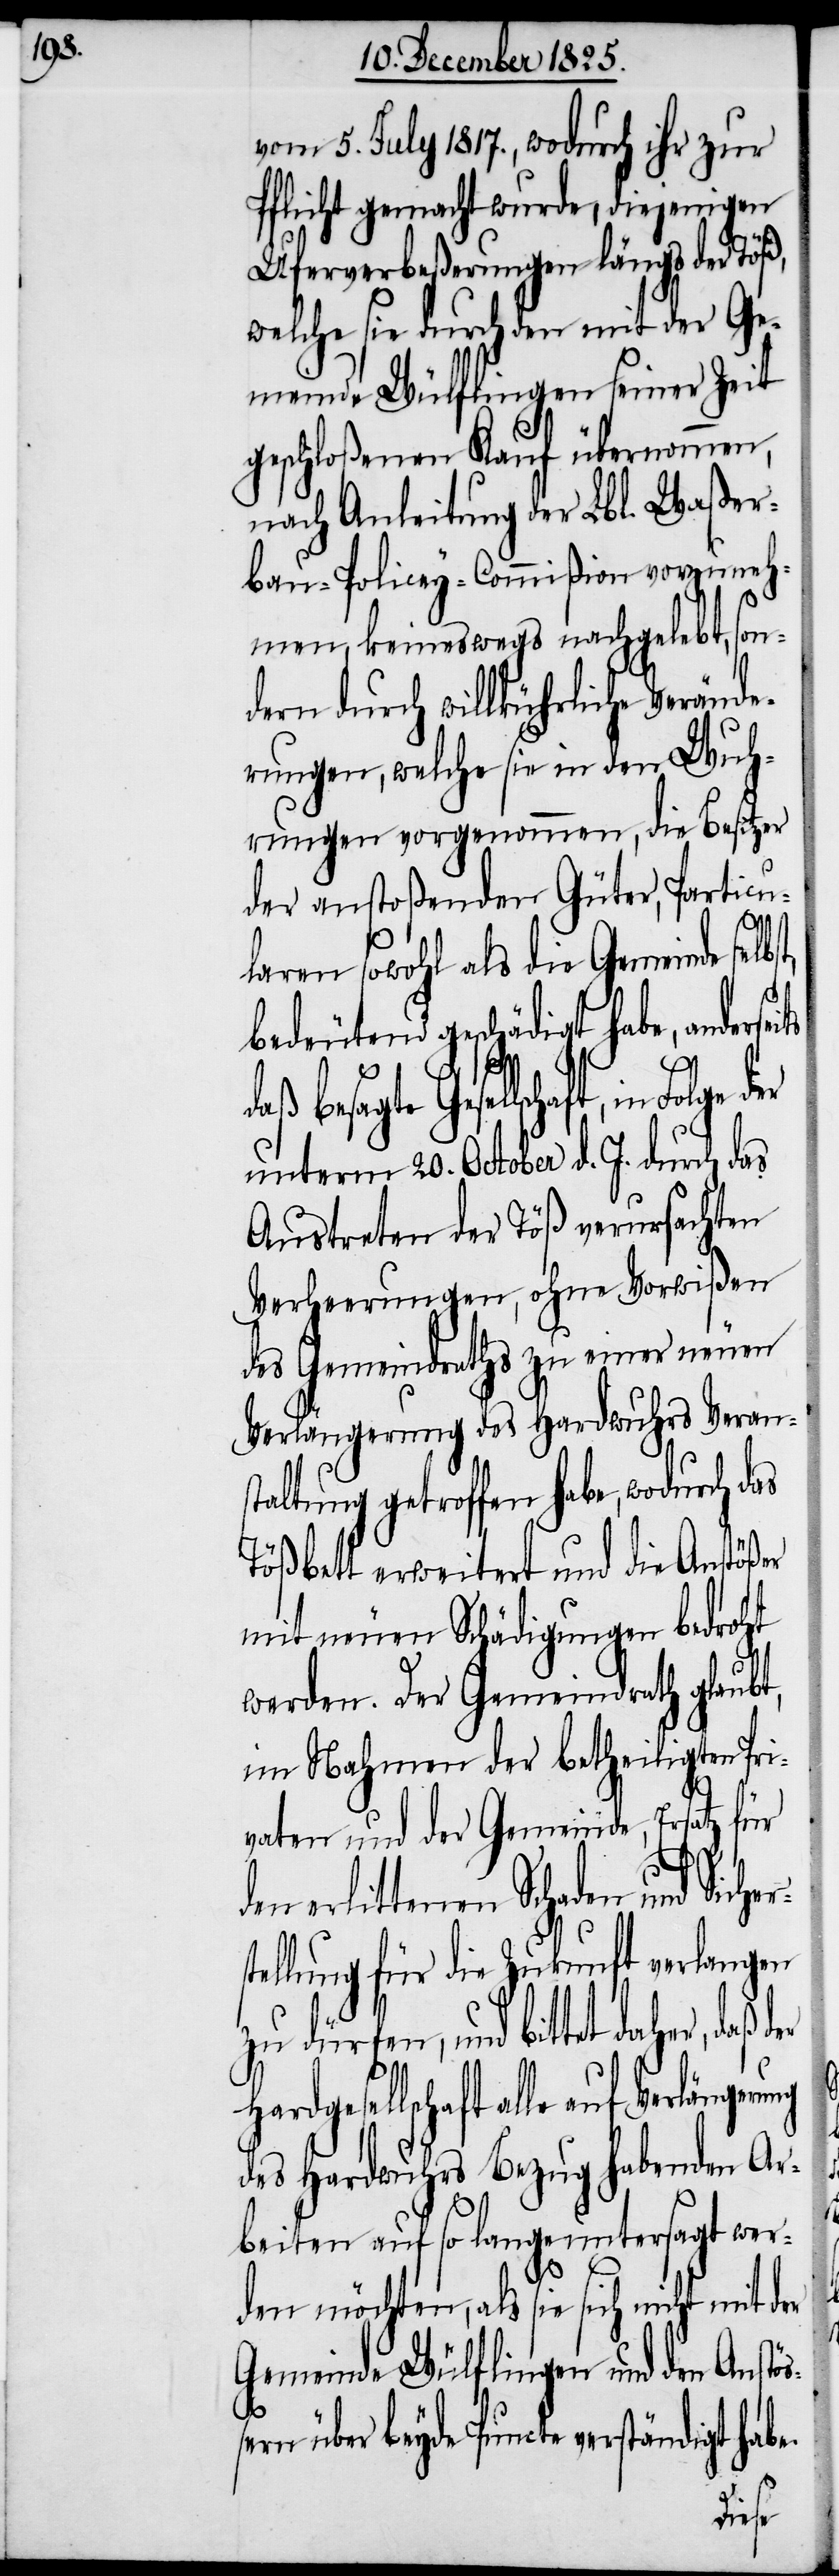
vom 5. July 1817., wodurch ihr zur
Pflicht gemacht wurde, diejenigen
Uferverbeßerungen längs der Töß,
welche sie durch den mit der Ge¬
meinde Wülflingen seiner Zeit
geschloßenen Kauf übernommen,
nach Anleitung der Lbl. Waßer¬
bau-Policey-Commißion vorzuneh¬
men, keineswegs nachgelebt, son¬
dern durch willkührliche Veränd¬
erungen, welche sie in den Wuh¬
rungen vorgenommen, die Besitzer
der anstoßenden Güter, Particu¬
laren sowohl als die Gemeinde selbs¬
bedeutend geschädigt habe, anderse¬
besagte Gesellschaft, in
unterm 20. October d. J. durch das
Austreten der Töß verursachten
Verheerungen, ohne Vorwißen
des Gemeindraths zu einer neuen
Verlängerung des Hardwuhrs Verans¬
taltung getroffen habe, wodurch das
Tößbett erweitert und die Anstößer
mit neuen Schädigungen bedroht
werden. Der Gemeindrath glaubt,
im Nahmen der betheiligten Pri¬
vaten und der Gemeinde, Ersatz für
erlittenen Schaden und Sich¬
tellung für die Zukunft verlangen
zu dürfen, und bittet daher,
der
Hardgesellschaft alle auf Verlängerung
des Hardwuhrs Bezug habenden Ar¬
beiten auf so lange untersagt wer¬
den möchten, als sie sich nicht mit
Gemeinde Wülflingen und den Anstö¬
ßern über beyde Puncte verständigt habe
ers¬